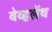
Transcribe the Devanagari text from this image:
वेव्हलेंथ